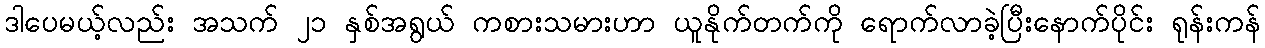
ဒါပေမယ့်လည်း အသက် ၂၁ နှစ်အရွယ် ကစားသမားဟာ ယူနိုက်တက်ကို ရောက်လာခဲ့ပြီးနောက်ပိုင်း ရုန်းကန်